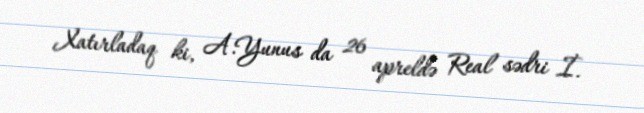
Xatırladaq ki, A.Yunus da 26 apreldə Real sədri İ.